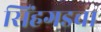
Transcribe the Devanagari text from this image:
सिंहगडचा